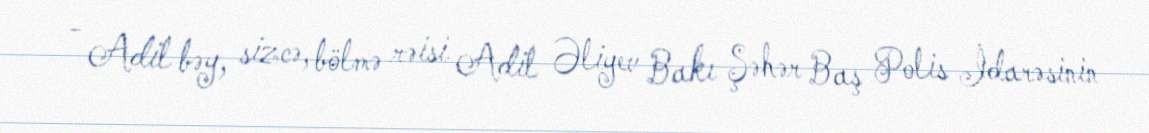
- Adil bəy, sizcə, bölmə rəisi Adil Əliyev Bakı Şəhər Baş Polis İdarəsinin